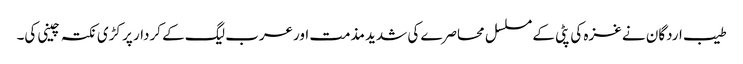
طیب اردگان نے غزہ کی پٹی کے مسلسل محاصرے کی شدید مذمت اورعرب لیگ کے کردار پر کڑی نکتہ چینی کی۔